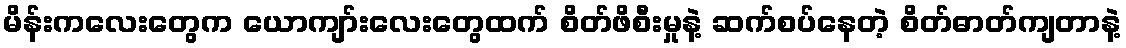
မိန်းကလေးတွေက ယောကျာ်းလေးတွေထက် စိတ်ဖိစီးမှုနဲ့ ဆက်စပ်နေတဲ့ စိတ်ဓာတ်ကျတာနဲ့